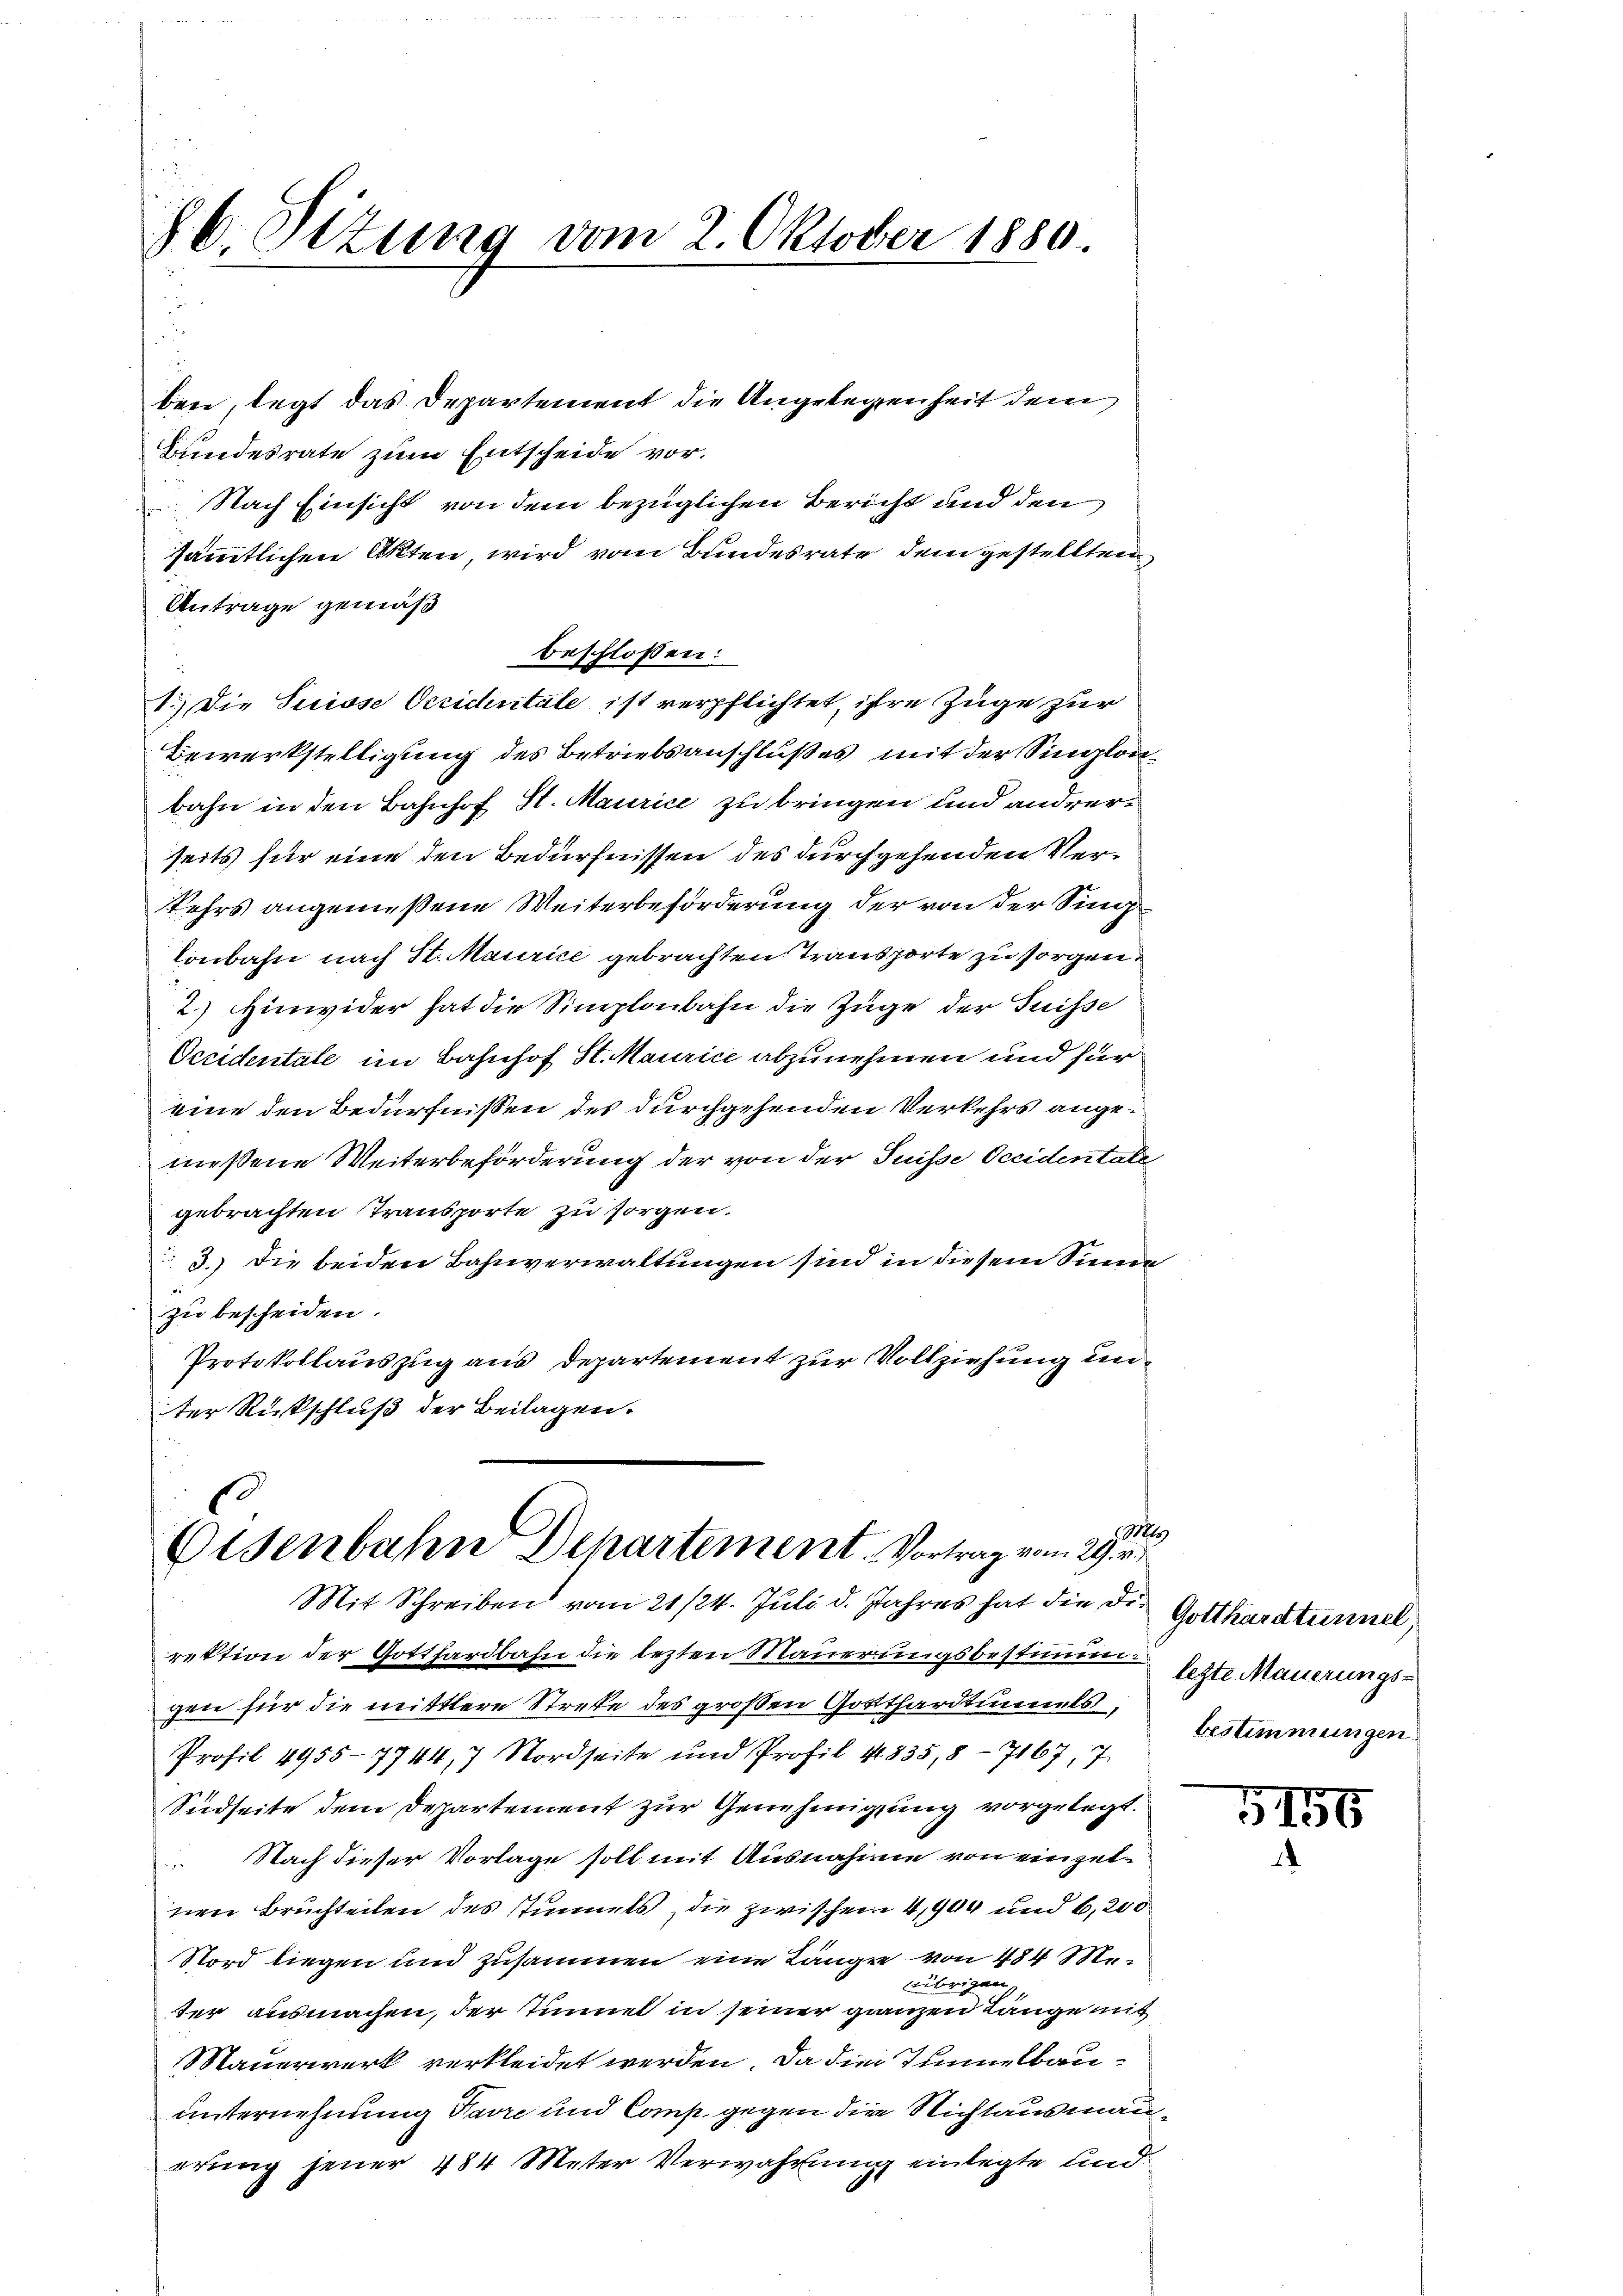
86. Sitzung vom 2. Oktober 1880.

beie, legt das Departement die Angelegenheit dem
Bundesrate zum Entscheide vor.
 Nach Einsicht von dem bezüglichen Bericht und den
sämmtlichen Akten, wird vom Bundesrate dem gestellten
Antrage gemäß
beschlossen:
1.) Die Suisse Oerichntale ist verpflichtet, ihre Zuge zur
Bewerkstelligung des Betriebsanschlußes mit der Singlan
bahn in den Bahnhof St. Maurice zu bringen und andrerseits für eine den Bedürfnissen des durchgehenden Ver¬
Kehrs angemeßene Weiterbeförderung der von der Sing
lonbahn nach St. Maurice gebrachten Transporte zu sorgen
2.) Hinwider hat die Simplonbahn die Züge der Suisse
Occidentale im Bahnhof St. Maurice abzunehmen und für
eine den Bedürfnissen des durchgehenden Verkehrs angemessene Weiterbeförderung der von der Suisse Occidentate
gebrachten Transporte zu sorgen.
3.) Die beiden Bahnverwaltungen sind in diesem Sinne
zu bescheiden.
Protokollauszug aus Departement zur Vollziehung un
ter Rückschluß der Beilagen.

13
Eisenbahn Departement. Vortrag vom 29. v.
Mit Schreiben vom 21/24. Juli d. Jahres hat die der Gotthardtunnel

rektion der Gotthardbahn die lezten Mauerungsbestimmen letzte Mauerungsgen für die mittlere Streke des großen Gottthardtunnels,
Profil 4955-7744,7 Nordseite und Profil 1835,8-7167, 7
Südseite dem Departement zur Genehmigung vorgelegt.
 Nach dieser Vorlage soll mit Ausnahme von einzelnen Bruchteilen des Stimmels, die zwischen 4,904 und 6,200
Nord liegen und zusammen eine Länge von 484 Me-
übrigen.
ter ausmachen, der Sinne in seiner ganzen Länge mit
Mauerwerk verkleidet werden. Da die Tumulbauunternehmung Favre und Comp. gegen die Nichtausmanerung jener 484 Meter Verwahrung einlegte und

bestimmungen.

5155